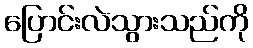
ပြောင်းလဲသွားသည်ကို